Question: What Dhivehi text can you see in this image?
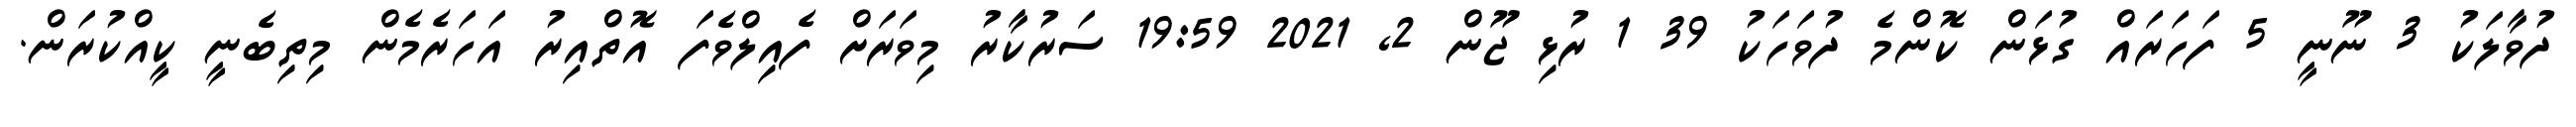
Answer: ދުވާލަކު 3 ނޫނީ 5 ފަހަރައް ގުޅަން ކޮންމެ ދުވަހަކު 39 1 ރުޅި ޖޫން 2, 2021 19:59 ސަރުކާރު މިވަރަށް ފެއިލްވެފަ އޮތްއިރު އަހަރެމެން މިތިބެނީ ކީއްކުރަން.